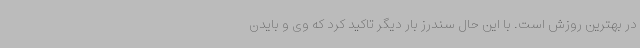
در بهترین روزش است. با این حال سندرز بار دیگر تاکید کرد که وی و بایدن